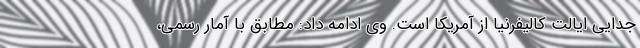
جدایی ایالت کالیفرنیا از آمریکا است. وی ادامه داد: مطابق با آمار رسمی،